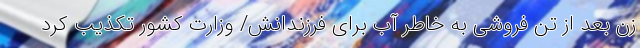
زن بعد از تن فروشی به خاطر آب برای فرزندانش/ وزارت کشور تکذیب کرد